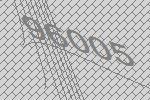
96005